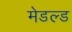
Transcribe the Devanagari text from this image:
मेडल्ड